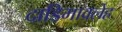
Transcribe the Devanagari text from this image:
दाडिमावलेह